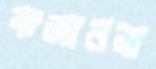
বাজানরা